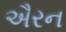
ઐરન